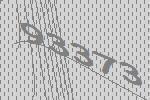
93373